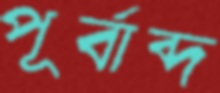
পূর্বাব্দ